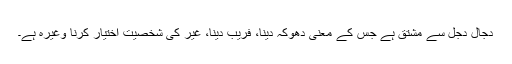
دجال دَجَل سے مشتق ہے جس کے معنی دھوکہ دینا، فریب دینا، غیر کی شخصیت اختیار کرنا وغیرہ ہے۔